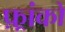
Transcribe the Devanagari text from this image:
फ़्रांको